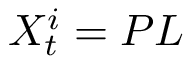
X _ { t } ^ { i } = P L